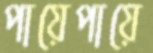
পায়েপায়ে